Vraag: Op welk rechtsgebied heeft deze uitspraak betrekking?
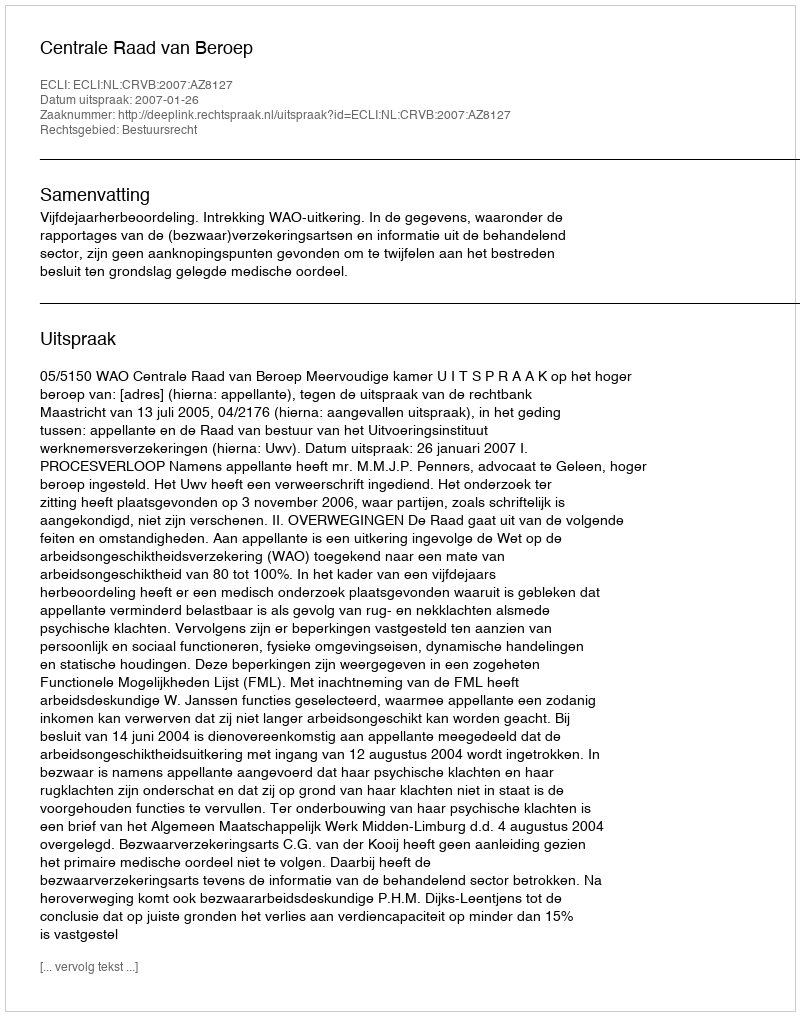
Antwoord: Bestuursrecht